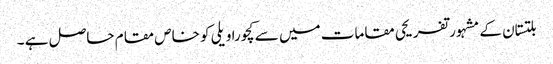
بلتستان کے مشہورتفریحی مقامات میں سے کچورا ویلی کو خاص مقام حاصل ہے ۔